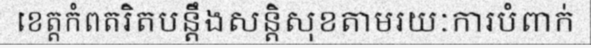
ខេត្តកំពតរិតបន្តឹងសន្តិសុខតាមរយៈការបំពាក់